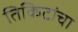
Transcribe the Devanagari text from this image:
तिकिटांचा